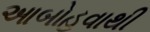
આબોહવાથી